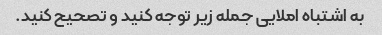
به اشتباه املایی جمله زیر توجه کنید و تصحیح کنید.